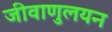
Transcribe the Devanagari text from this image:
जीवाणुलयन